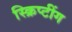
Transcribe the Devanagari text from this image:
स्क्रिप्टींग